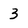
Character: 3